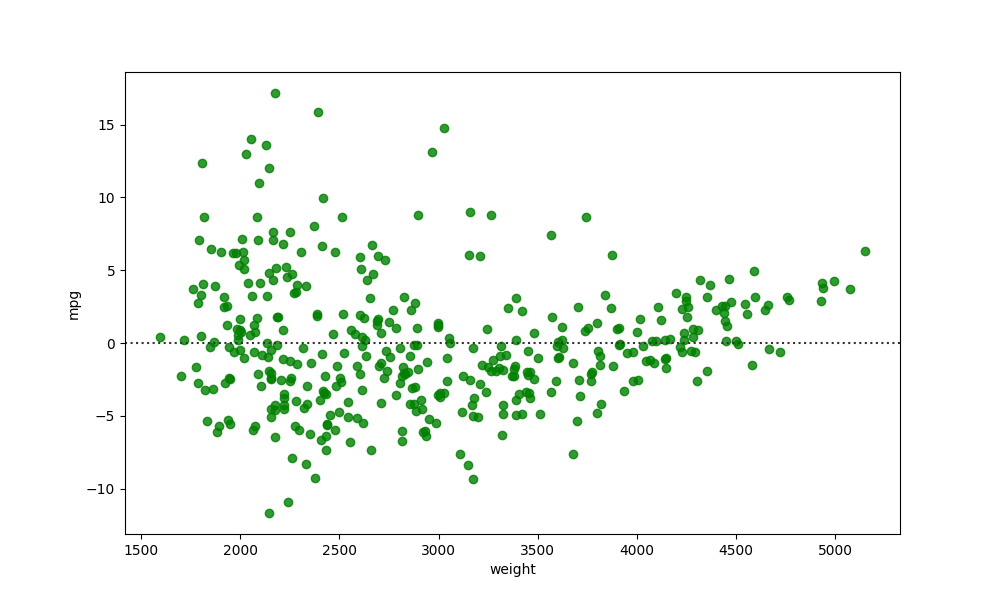
python, seaborn, residplot, lowess=False, scatter_color=green